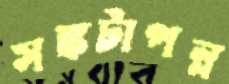
সঙ্কটাপন্ন